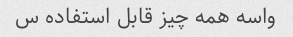
واسه همه چیز قابل استفاده س